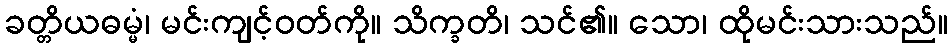
ခတ္တိယဓမ္မံ၊ မင်းကျင့်ဝတ်ကို။ သိက္ခတိ၊ သင်၏။ သော၊ ထိုမင်းသားသည်။